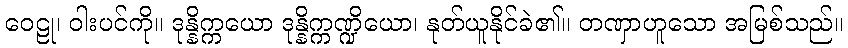
ဝေဠု၊ ဝါးပင်ကို။ ဒုန္နိက္ကယော ဒုန္နိက္ကဏ္ဍိယော၊ နုတ်ယူနိုင်ခဲ၏။ တဏှာဟူသော အမြစ်သည်။